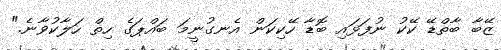
ޒޭބާ ބާތްޑޭ ކޭކު ނުފަޅައި ބޮޑާ ހޭކިކަން އެނގުނީމަ ބައްޕަގެ ހިތް ހަލާކުވާނެ."